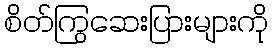
စိတ်ကြွဆေးပြားများကို